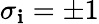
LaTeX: \sigma_{\mathbf{i}}=\pm1